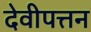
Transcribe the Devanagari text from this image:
देवीपत्तन